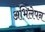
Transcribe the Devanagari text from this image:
अभिलेपन